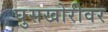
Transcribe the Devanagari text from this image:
घुसखोरीवर